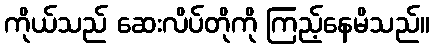
ကိုယ်သည် ဆေးလိပ်တိုကို ကြည့်နေမိသည်။